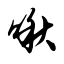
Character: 啾